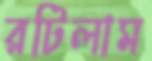
রটিলাম